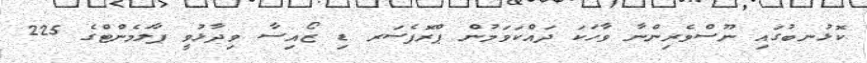
ކޮޅުނބުގައި ނޫސްވެރިންނާ ވާހަކަ ދައްކަވަމުން ޕްރޮފެސަރ ޑި ޒޯއިސާ ވިދާޅުވީ ޕާލަމެންޓްގެ 225